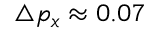
\triangle p _ { x } \approx 0 . 0 7